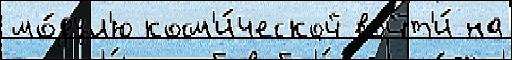
мо́дул'ю косм'и́ческой войт'и́ на